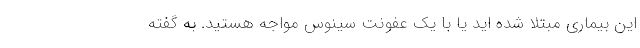
این بیماری مبتلا شده اید یا با یک عفونت سینوس مواجه هستید. به گفته